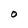
Character: O